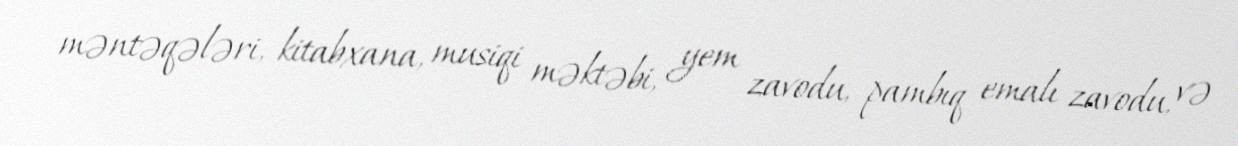
məntəqələri, kitabxana, musiqi məktəbi, yem zavodu, pambıq emalı zavodu, və